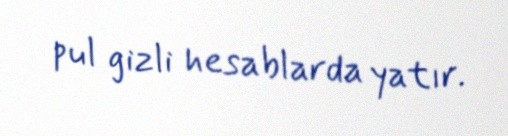
pul gizli hesablarda yatır.